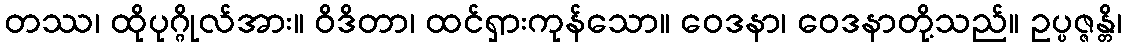
တဿ၊ ထိုပုဂ္ဂိုလ်အား။ ဝိဒိတာ၊ ထင်ရှားကုန်သော။ ဝေဒနာ၊ ဝေဒနာတို့သည်။ ဥပ္ပဇ္ဇန္တိ၊